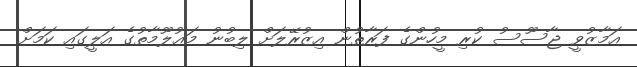
އަމާޒުވީ ޖާސޫސު ކުރި މީހުންގެ ފަރާތުން އިޒުރޭލަށް ލިބުނު މަޢުލޫމާތުގެ އަލީގައި ކަމަށް